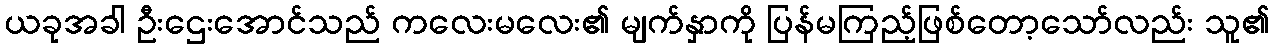
ယခုအခါ ဦးဌေးအောင်သည် ကလေးမလေး၏ မျက်နှာကို ပြန်မကြည့်ဖြစ်တော့သော်လည်း သူ၏